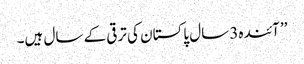
’’ آئندہ3 سال پاکستان کی ترقی کے سال ہیں۔